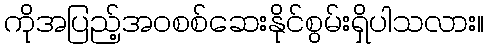
ကိုအပြည့်အဝစစ်ဆေးနိုင်စွမ်းရှိပါသလား။